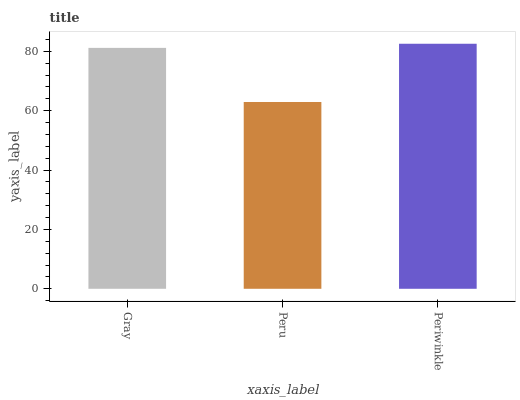
| xaxis_label | bars |
 | --- | --- |
 | Gray | 81.2 |
 | Peru | 62.9 |
 | Periwinkle | 82.5 |